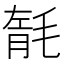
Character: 毻